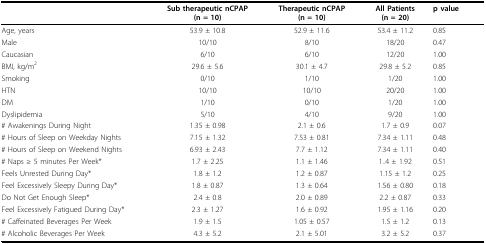
<table><thead><tr><td></td><td><b>Sub therapeutic nCPAP(n = 10)</b></td><td><b>Therapeutic nCPAP(n = 10)</b></td><td><b>All Patients(n = 20)</b></td><td><b>p value</b></td></tr></thead><tbody><tr><td>Age, years</td><td>53.9 ± 10.8</td><td>52.9 ± 11.6</td><td>53.4 ± 11.2</td><td>0.85</td></tr><tr><td>Male</td><td>10/10</td><td>8/10</td><td>18/20</td><td>0.47</td></tr><tr><td>Caucasian</td><td>6/10</td><td>6/10</td><td>12/20</td><td>1.00</td></tr><tr><td>BMI, kg/m<sup>2</sup></td><td>29.6 ± 5.6</td><td>30.1 ± 4.7</td><td>29.8 ± 5.2</td><td>0.85</td></tr><tr><td>Smoking</td><td>0/10</td><td>1/10</td><td>1/20</td><td>1.00</td></tr><tr><td>HTN</td><td>10/10</td><td>10/10</td><td>20/20</td><td>1.00</td></tr><tr><td>DM</td><td>1/10</td><td>0/10</td><td>1/20</td><td>1.00</td></tr><tr><td>Dyslipidemia</td><td>5/10</td><td>4/10</td><td>9/20</td><td>1.00</td></tr><tr><td># Awakenings During Night</td><td>1.35 ± 0.98</td><td>2.1 ± 0.6</td><td>1.7 ± 0.9</td><td>0.07</td></tr><tr><td># Hours of Sleep on Weekday Nights</td><td>7.15 ± 1.32</td><td>7.53 ± 0.81</td><td>7.34 ± 1.11</td><td>0.48</td></tr><tr><td># Hours of Sleep on Weekend Nights</td><td>6.93 ± 2.43</td><td>7.7 ± 1.12</td><td>7.34 ± 1.11</td><td>0.40</td></tr><tr><td># Naps ≥ 5 minutes Per Week*</td><td>1.7 ± 2.25</td><td>1.1 ± 1.46</td><td>1..4 ± 1.92</td><td>0.51</td></tr><tr><td>Feels Unrested During Day*</td><td>1.8 ± 1.2</td><td>1.2 ± 0.87</td><td>1.15 ± 1.2</td><td>0.25</td></tr><tr><td>Feel Excessively Sleepy During Day*</td><td>1.8 ± 0.87</td><td>1.3 ± 0.64</td><td>1.56 ± 0.80</td><td>0.18</td></tr><tr><td>Do Not Get Enough Sleep*</td><td>2.4 ± 0.8</td><td>2.0 ± 0.89</td><td>2.2 ± 0.87</td><td>0.33</td></tr><tr><td>Feel Excessively Fatigued During Day*</td><td>2.3 ± 1.27</td><td>1.6 ± 0.92</td><td>1.95 ± 1.16</td><td>0.20</td></tr><tr><td># Caffeinated Beverages Per Week</td><td>1.9 ± 1.5</td><td>1.05 ± 0.57</td><td>1.5 ± 1.2</td><td>0.13</td></tr><tr><td># Alcoholic Beverages Per Week</td><td>4.3 ± 5.2</td><td>2.1 ± 5.01</td><td>3.2 ± 5.2</td><td>0.37</td></tr></tbody></table>